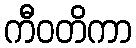
ကီဝတိကာ